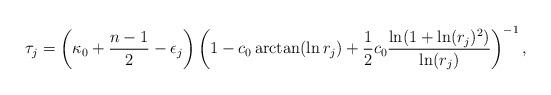
LaTeX: \begin{align*}\tau_j = \left(\kappa_0 + \frac{n-1}{2} - \epsilon_j \right) \left( 1 - c_0 \arctan(\ln r_j) + \frac{1}{2}c_0 \frac{\ln(1+\ln(r_j)^2)}{\ln(r_j)} \right)^{-1},\end{align*}